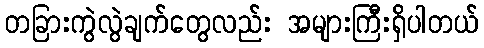
တခြားကွဲလွဲချက်တွေလည်း အများကြီးရှိပါတယ်